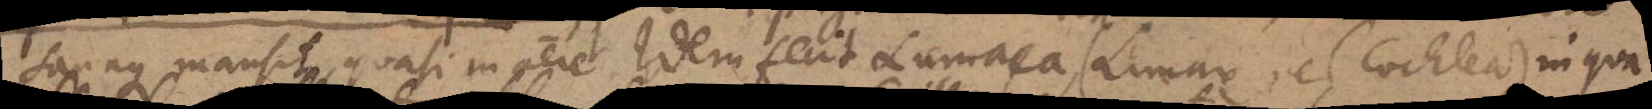
sanaque mansit, quasi in aere. Idem fecit Lumaca, (Limax vel Cochlea) in qua